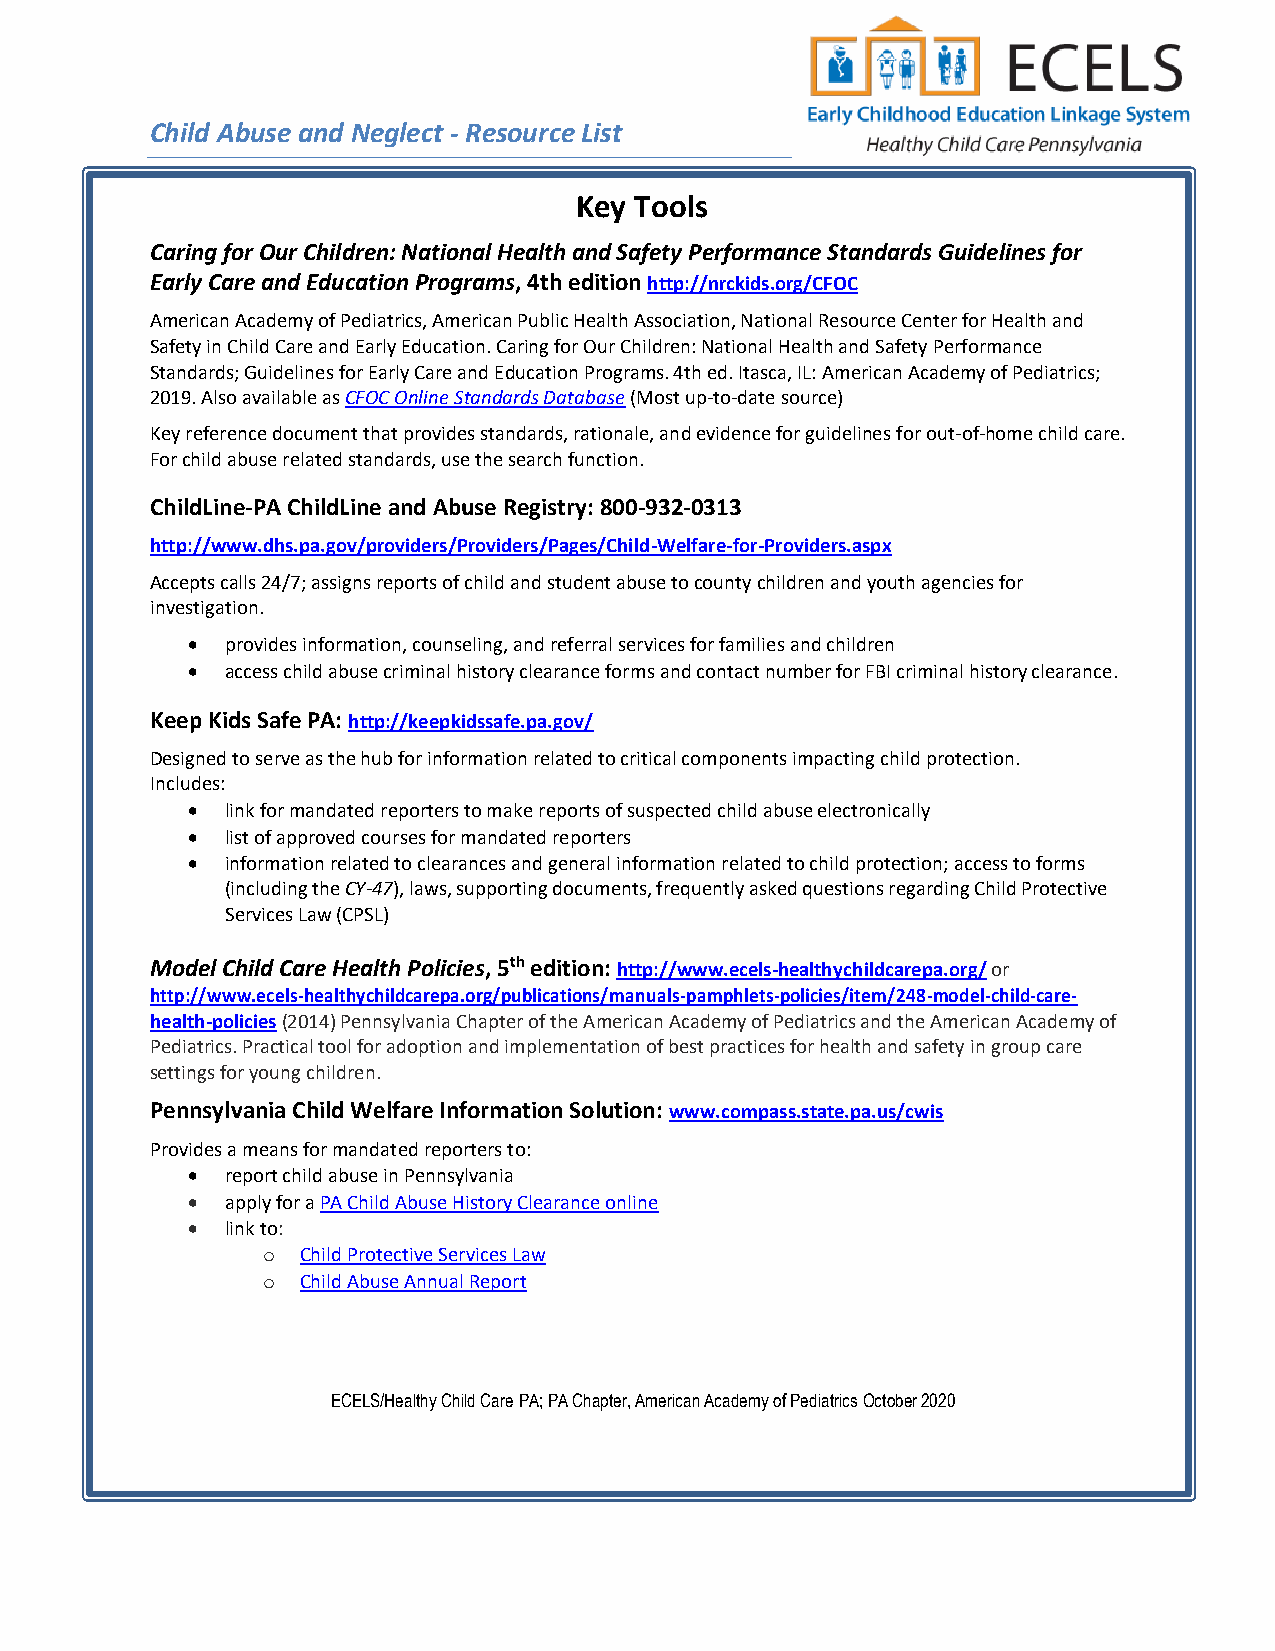
Child Abuse and Neglect - Resource List
 Key Tools
 Caring for Our Children: National Health and Safety Performance Standards Guidelines for
 Early Care and Education Programs, 4th edition http://nrckids.org/CFOC
 American Academy of Pediatrics, American Public Health Association, National Resource Center for Health and
 Safety in Child Care and Early Education. Caring for Our Children: National Health and Safety Performance
 Standards; Guidelines for Early Care and Education Programs. 4th ed. Itasca, IL: American Academy of Pediatrics;
 2019. Also available as CFOC Online Standards Database (Most up-to-date source)
 Key reference document that provides standards, rationale, and evidence for guidelines for out-of-home child care.
 For child abuse related standards, use the search function.
 ChildLine-PA ChildLine and Abuse Registry: 800-932-0313
 http://www.dhs.pa.gov/providers/Providers/Pages/Child-Welfare-for-Providers.aspx
 Accepts calls 24/7; assigns reports of child and student abuse to county children and youth agencies for
 investigation.
 •  provides information, counseling, and referral services for families and children
 •  access child abuse criminal history clearance forms and contact number for FBI criminal history clearance.
 Keep Kids Safe PA: http://keepkidssafe.pa.gov/
 Designed to serve as the hub for information related to critical components impacting child protection.
 Includes:
 •  link for mandated reporters to make reports of suspected child abuse electronically
 •  list of approved courses for mandated reporters
 •  information related to clearances and general information related to child protection; access to forms
 (including the CY-47), laws, supporting documents, frequently asked questions regarding Child Protective
 Services Law (CPSL)
 Model Child Care Health Policies, 5th edition: http://www.ecels-healthychildcarepa.org/ or
 http://www.ecels-healthychildcarepa.org/publications/manuals-pamphlets-policies/item/248-model-child-care-
 health-policies (2014) Pennsylvania Chapter of the American Academy of Pediatrics and the American Academy of
 Pediatrics. Practical tool for adoption and implementation of best practices for health and safety in group care
 settings for young children.
 Pennsylvania Child Welfare Information Solution: www.compass.state.pa.us/cwis
 Provides a means for mandated reporters to:
 •  report child abuse in Pennsylvania
 •  apply for a PA Child Abuse History Clearance online
 •  link to:
 o  Child Protective Services Law
 o  Child Abuse Annual Report
 ECELS/Healthy Child Care PA; PA Chapter, American Academy of Pediatrics October 2020